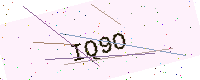
Text: IQ9O